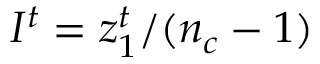
I ^ { t } = z _ { 1 } ^ { t } / ( n _ { c } - 1 )